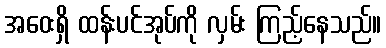
အဝေးရှိ ထန်းပင်အုပ်ကို လှမ်း ကြည့်နေသည်။